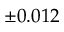
\pm 0 . 0 1 2